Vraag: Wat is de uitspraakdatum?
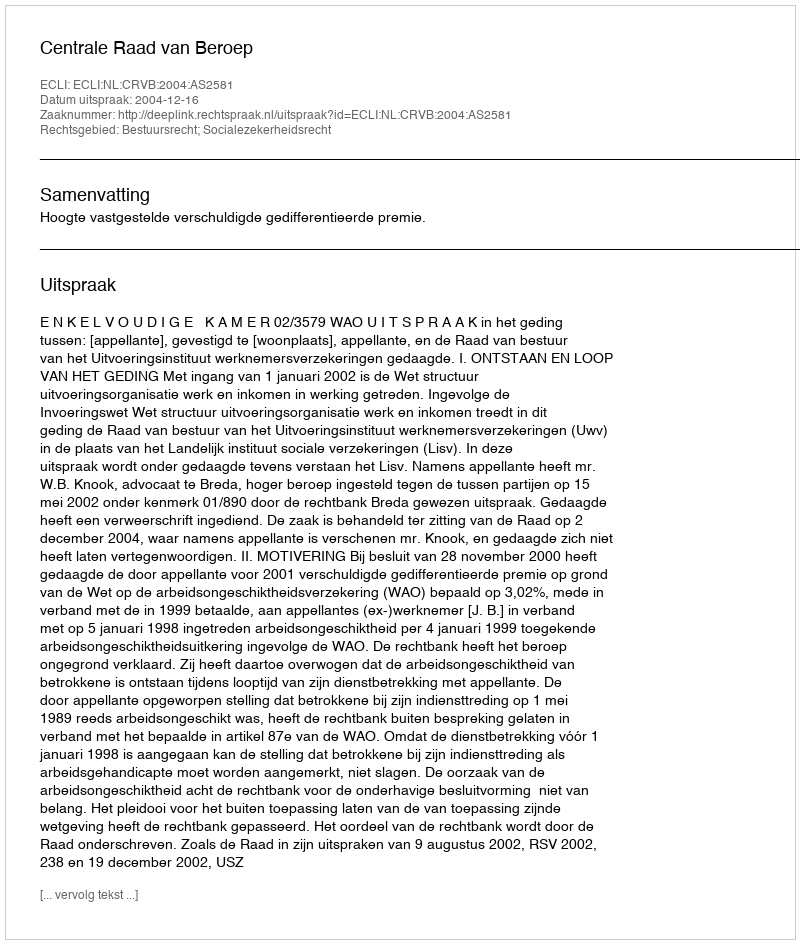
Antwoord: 2004-12-16